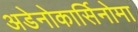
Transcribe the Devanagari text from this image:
अडेनोकार्सिनोमा